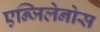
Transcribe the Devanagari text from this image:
एन्जिलेनोस